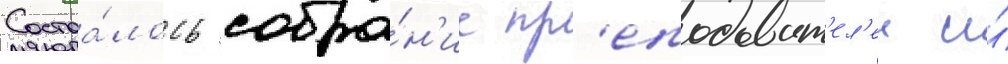
Состоа́лось собра́н'ие пр'еподават'ел'еи и́